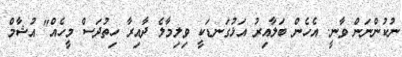
ނުކުންނަން ވާނީ. އެހެން ބަލާއިރު އަޅުގަނޑަކީ ވިލިމާލެ ދާއިރާ ހިތުދަސް މީހެއް" އުޝާމް